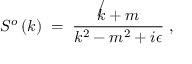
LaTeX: S ^ { o } \left( k \right) \; = \; { \frac { \not k + m } { k ^ { 2 } - m ^ { 2 } + i \epsilon } } \; ,